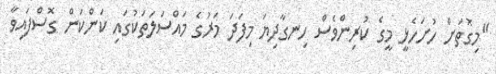
"މިގޮތަށް ހުށަހެޅީ މީގެ ކުރިންވެސް ހިނގާދިޔަ މިފަދަ މަރުގެ މައްސަލަތަކުގައި ކަންކަން ގޮސްފައިވާ